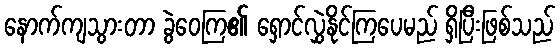
နောက်ကျသွားတာ ခွဲဝေကြ၏ ရှောင်လွှဲနိုင်ကြပေမည် ရှိပြီးဖြစ်သည်